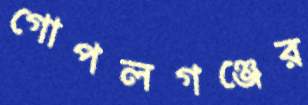
গোপলগঞ্জের